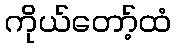
ကိုယ်တော့်ထံ